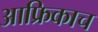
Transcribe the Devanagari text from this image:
आफ्रिकाच